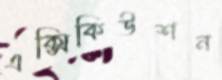
এক্সিকিউশন